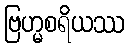
ဗြဟ္မစရိယဿ